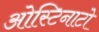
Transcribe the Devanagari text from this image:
ओस्टिनाटो